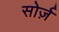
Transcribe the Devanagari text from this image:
सोर्ज़